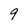
Character: 9